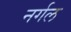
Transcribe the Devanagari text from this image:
नर्गल